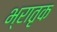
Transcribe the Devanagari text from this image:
भ्रातृक